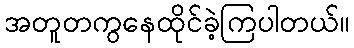
အတူတကွနေထိုင်ခဲ့ကြပါတယ်။